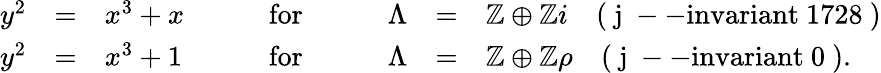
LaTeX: \begin{array}{cclcccl}{y^{2}}&{=}&{x^{3}+x}&{\qquad\mathrm{for}\qquad}&{\Lambda}&{=}&{\mathbb{Z}\oplus\mathbb{Z}i\quad\mathrm{(~j~--invariant~1728~)}}\\ {y^{2}}&{=}&{x^{3}+1}&{\qquad\mathrm{for}\qquad}&{\Lambda}&{=}&{\mathbb{Z}\oplus\mathbb{Z}\rho\quad\mathrm{(~j~--invariant~0~).}}\end{array}